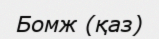
Бомж (қаз)